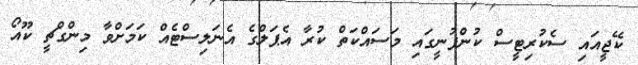
ކޭޖީއައި ސެކުރިޓީސް ކުންފުނީގައި މަސައްކަތް ކުރާ އެޕަލްގެ އެނަލިސްޓެއް ކަމަށްވާ މިންގްޗީ ކޫއޯ